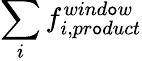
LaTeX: \sum_{i}{f_{i,pr\mathtt{o}duct}^{wind\mathtt{o}w}}